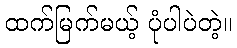
ထက်မြက်မယ့် ပုံပါပဲတဲ့။